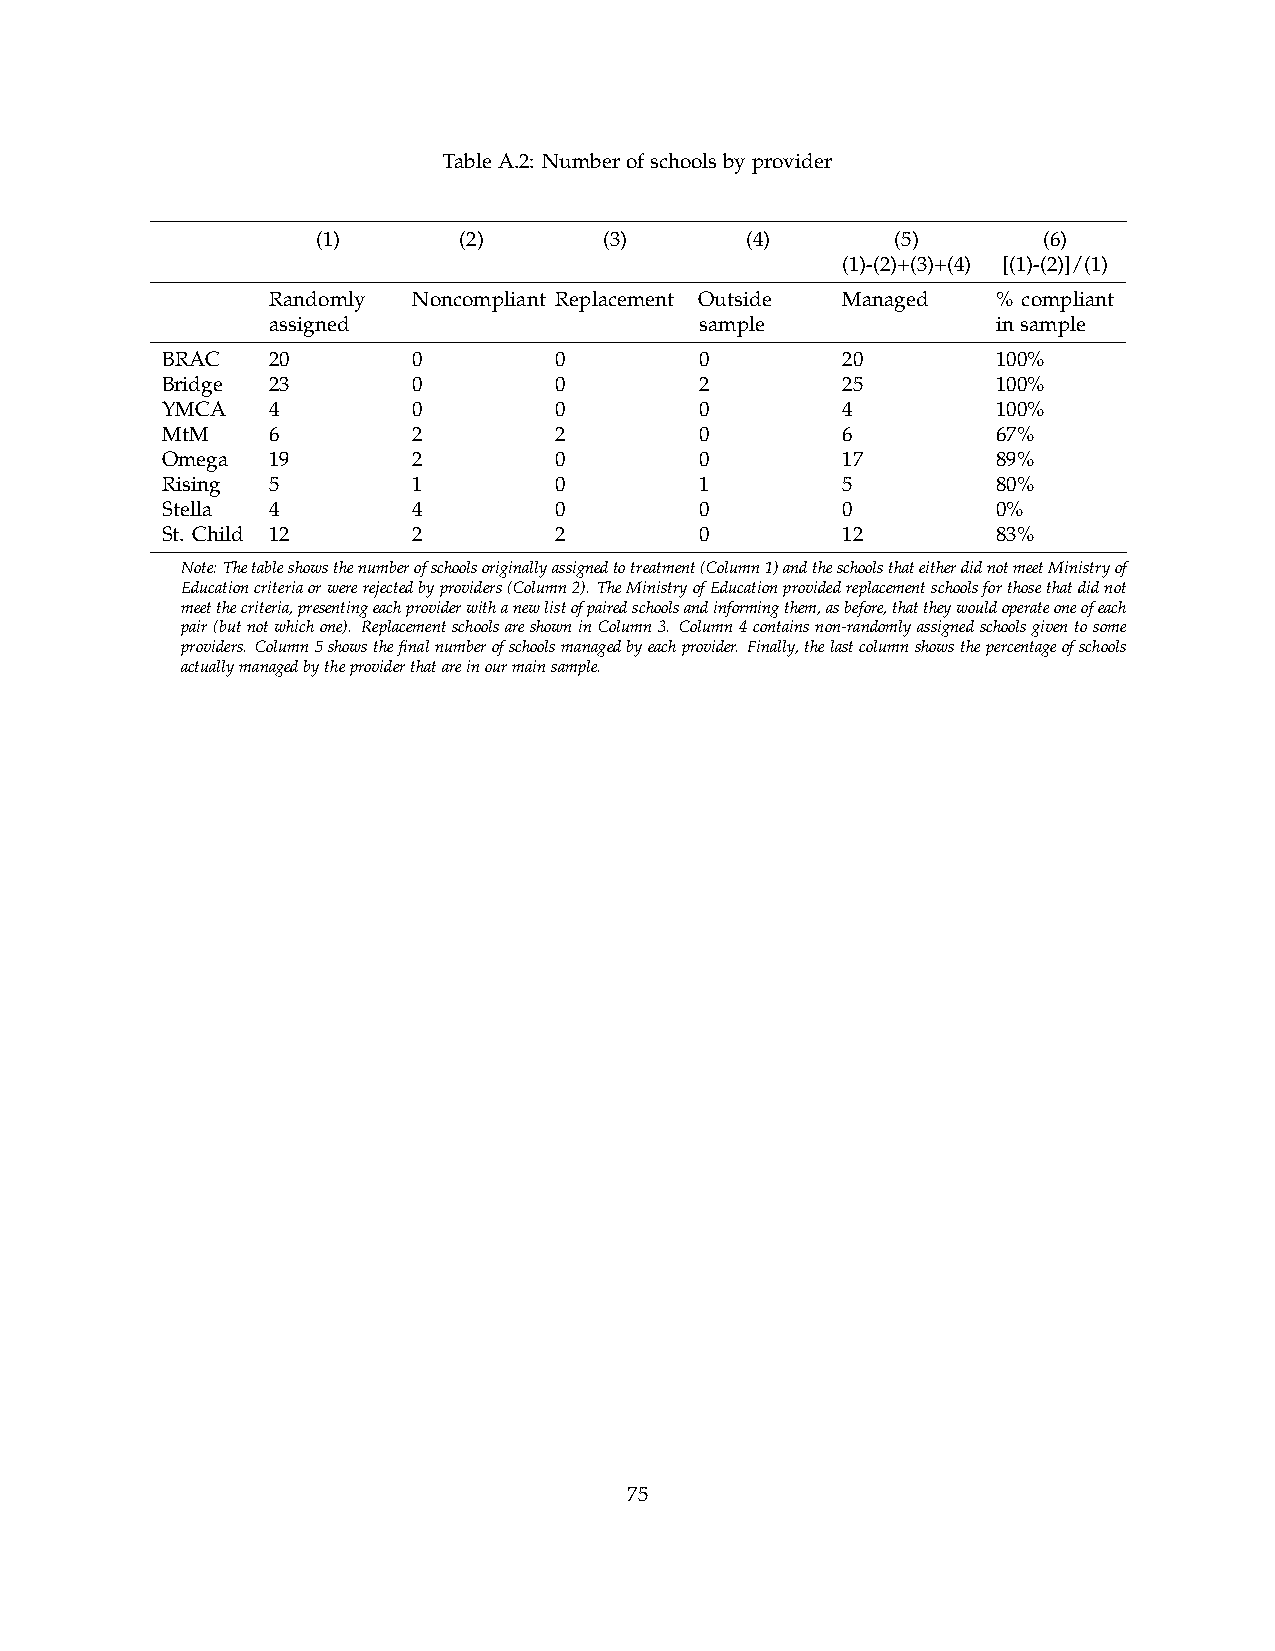
TableA.2: Numberofschoolsbyprovider
 (1)      (2)       (3)      (4)       (5)       (6)
 (1)-(2)+(3)+(4) [(1)-(2)]/(1)
 Randomly Noncompliant Replacement Outside Managed % compliant
 assigned                    sample              insample
 BRAC   20       0         0        0         20        100%
 Bridge 23       0         0        2         25        100%
 YMCA   4        0         0        0         4         100%
 MtM    6        2         2        0         6         67%
 Omega  19       2         0        0         17        89%
 Rising 5        1         0        1         5         80%
 Stella 4        4         0        0         0         0%
 St. Child 12    2         2        0         12        83%
 Note:Thetableshowsthenumberofschoolsoriginallyassignedtotreatment(Column1)andtheschoolsthateitherdidnotmeetMinistryof
 Educationcriteriaorwererejectedbyproviders(Column2). TheMinistryofEducationprovidedreplacementschoolsforthosethatdidnot
 meetthecriteria,presentingeachproviderwithanewlistofpairedschoolsandinformingthem,asbefore,thattheywouldoperateoneofeach
 pair(butnotwhichone). ReplacementschoolsareshowninColumn3. Column4containsnon-randomlyassignedschoolsgiventosome
 providers. Column5showsthefinalnumberofschoolsmanagedbyeachprovider. Finally,thelastcolumnshowsthepercentageofschools
 actuallymanagedbytheproviderthatareinourmainsample.
 75